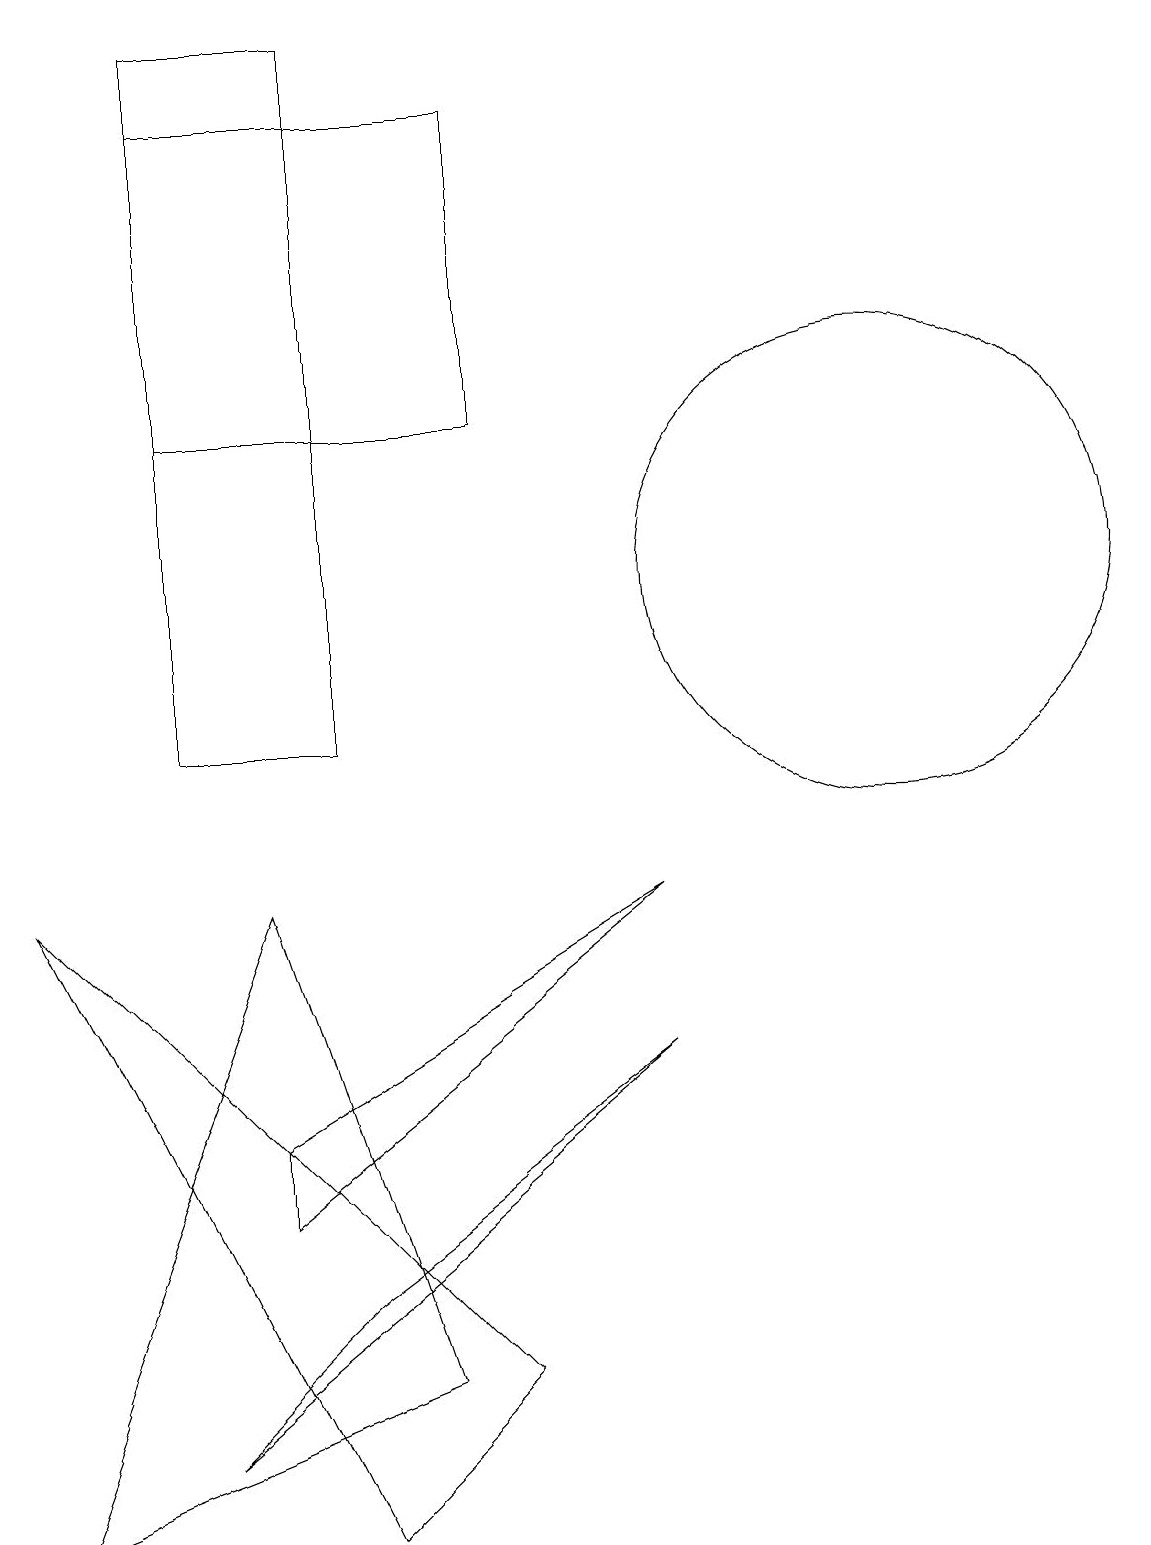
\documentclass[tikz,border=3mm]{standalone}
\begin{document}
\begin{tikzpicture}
\draw (3,4) -- (3,5) -- (8,8) -- cycle;
\draw (9,16) rectangle (9,16);
\draw (2,14) rectangle (6,18);
\draw (11,12) circle (3);
\draw (8,6) -- (2,1) -- (4,3) -- cycle;
\draw (0,0) -- (3,8) -- (5,2) -- cycle;
\draw (0,8) -- (4,0) -- (6,2) -- cycle;
\draw (2,10) rectangle (4,19);
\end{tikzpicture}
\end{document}